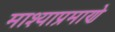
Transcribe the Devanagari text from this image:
माश्याप्रमाणे